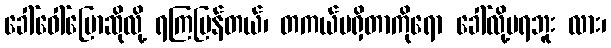
ခေါ်ဝေါ်ပြောဆိုလို့ ရကြပြန်တယ်၊ တကယ်မရှိတာကိုရော ခေါ်လို့မရဘူး လား၊